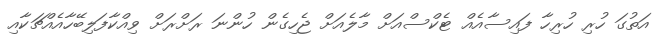
އަތުގަ ހުރި ހުރިހާ ފައިސާއެއް ޓެކްސްއަށް މާލެއަށް ޖެހިގެން ހުންނަ ރަށްރަށް ވިއްކާފަލިބޭހާއެއްޗަކާއި